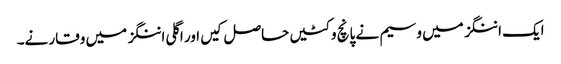
ایک اننگز میں وسیم نے پانچ وکٹیں حاصل کیں اور اگلی اننگز میں وقار نے۔